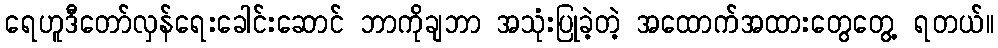
ရေဟူဒီတော်လှန်ရေးခေါင်းဆောင် ဘာကိုချဘာ အသုံးပြုခဲ့တဲ့ အထောက်အထားတွေတွေ့ ရတယ်။